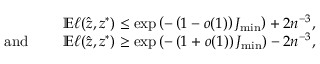
\begin{array} { r l } & { \mathbb { E } \ell ( \hat { z } , z ^ { * } ) \leq \exp \left( - \left( 1 - o ( 1 ) \right) J _ { \operatorname* { m i n } } \right) + 2 n ^ { - 3 } , } \\ { \mathrm { a n d ~ } \quad } & { \mathbb { E } \ell ( \hat { z } , z ^ { * } ) \geq \exp \left( - \left( 1 + o ( 1 ) \right) J _ { \operatorname* { m i n } } \right) - 2 n ^ { - 3 } , } \end{array}